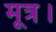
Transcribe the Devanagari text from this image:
मूत्र।